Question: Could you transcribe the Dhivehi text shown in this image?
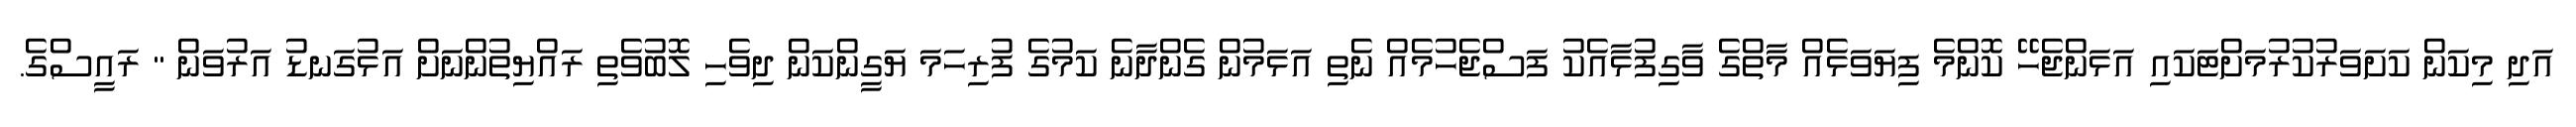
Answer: އަދި މިކަން ކަށަވަރުކުރުމަށްޓަކައި އަޅަންޖެހޭ ކޮންމެ ފިޔަވަޅެއް މާތްގެ ވާގިފުޅާއެކު ފަސްޖެހުމެއް ނެތި އަޅަމުން ގެންދާނެ ކަމުގެ ފުރިހަމަ ޔަގީންކަން ދިވެހި ލޮބުވެތި ރައްޔިތުންނަށް އަޅުގަނޑު އަރުވަން " ރައީސްގެ.